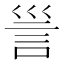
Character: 𧥥